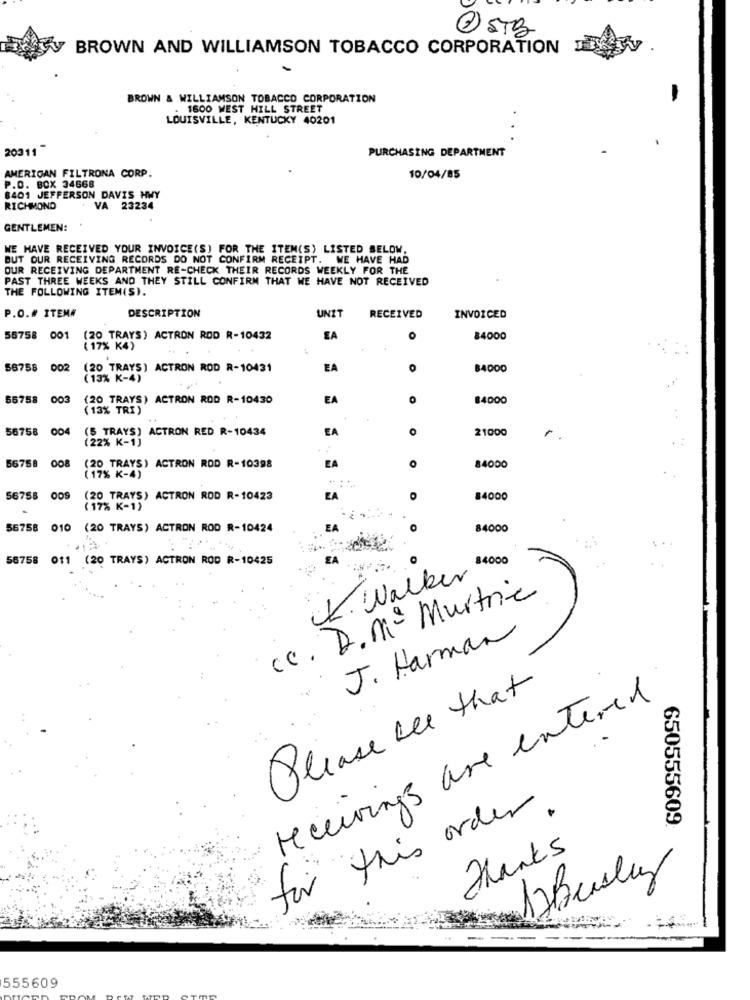
2 STB
BROWN AND WILLIAMSON TOBACCO CORPORATION
BROWN & WILLIAMSON TOBACCO CORPORATION
. 1600 WEST HILL STREET
LOUISVILLE, KENTUCKY 40201
.
20311"
PURCHASING DEPARTMENT
AMERICAN FILTRONA CORP.
10/04/85
P.O. BOX 34668
8401 JEFFERSON DAVIS HWY
RICHMOND
VA 23234
GENTLEMEN:
WE HAVE RECEIVED YOUR INVOICE(S) FOR THE ITEM(S) LISTED BELOW.
BUT OUR RECEIVING RECORDS DO NOT CONFIRM RECEIPT. WE HAVE HAD
OUR RECEIVING DEPARTMENT RE-CHECK THEIR RECORDS WEEKLY FOR THE
PAST THREE WEEKS AND THEY STILL CONFIRM THAT WE HAVE NOT RECEIVED
THE FOLLOWING ITEM(S).
DESCRIPTION
UNIT
P.O.# ITEM#
RECEIVED
INVOICED
55758 001 (20 TRAYS) ACTRON ROD R-10432
EA
O
84000
( 17% K4)
56758
002
(20 TRAYS) ACTRON ROD R-10431
EA
0
84000
(13% K-4)
66758
003
(20 TRAYS) ACTRON ROD R-10430
EA
84000
(13% TRI )
56758
004
(5 TRAYS) ACTRON RED R-10434
EA
21000
(22% K-1)
r.
0
56758
008
(20 TRAYS) ACTRON ROD R-10398
EA
84000
(17% K-4)
56758
009
(20 TRAYS) ACTRON ROD R-10423
EA
84000
( 17% K-1)
56758 010 (20 TRAYS) ACTRON ROD R-10424
84000
56758 011 (20 TRAYS) ACTRON ROD R-10425
K. Walker 1.000
cc. D. M - Murtric
J. Harman
Please see that
receivings are entered
for this order.
650555609
Thanks
1) Beasley
555609